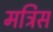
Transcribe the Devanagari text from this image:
मत्रिस